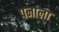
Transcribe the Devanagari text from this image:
पनाला